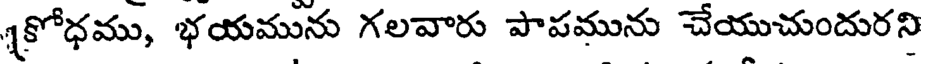
1కోధము, భయమును గలవారు పాపమును చేయుచుందురని